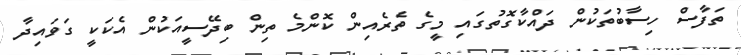
ތަފާސް ހިސާބުތަކުން ދައްކާގޮތުގައި މީގެ ތެރެއިން ކޮންމެ ތިން ބިދޭސީއަކުން އެކަކީ ގަވައިދާ